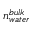
n _ { w a t e r } ^ { b u l k }